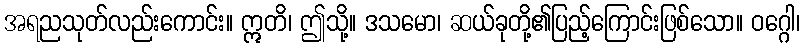
အရညသုတ်လည်းကောင်း။ ဣတိ၊ ဤသို့။ ဒသမော၊ ဆယ်ခုတို့၏ပြည့်ကြောင်းဖြစ်သော။ ဝဂ္ဂေါ၊